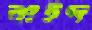
বাইদ